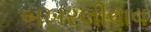
બખરલીવાવ